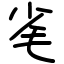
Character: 毟